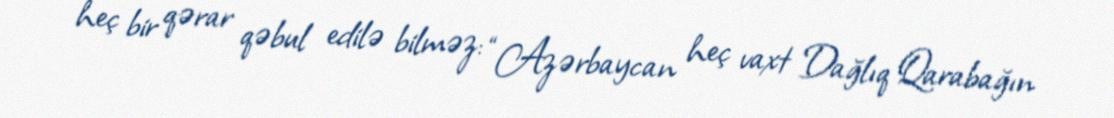
heç bir qərar qəbul edilə bilməz: “Azərbaycan heç vaxt Dağlıq Qarabağın